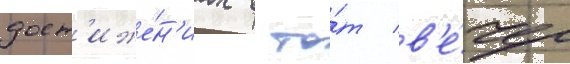
дост'иже́н'иах в то́т в'е́чер